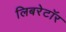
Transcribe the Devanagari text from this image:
लिबरेटॉर